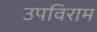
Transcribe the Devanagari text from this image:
उपविराम